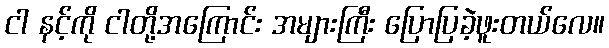
ငါ နင့်ကို ငါတို့အကြောင်း အများကြီး ပြောပြခဲ့ဖူးတယ်လေ။